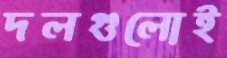
দলগুলোই